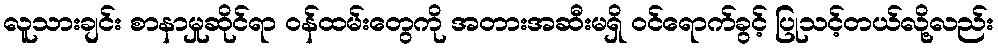
လူသားချင်း စာနာမှုဆိုင်ရာ ဝန်ထမ်းတွေကို အတားအဆီးမရှိ ဝင်ရောက်ခွင့် ပြုသင့်တယ်လို့လည်း